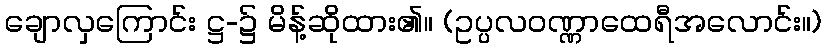
ချောလှကြောင်း ဋ္ဌ-၌ မိန့်ဆိုထား၏။ (ဥပ္ပလဝဏ္ဏာထေရီအလောင်း။)